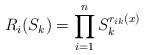
LaTeX: \begin{align*}R_i(S_k)=\prod^{n}_{i=1}S^{r_{ik}(x)}_k\end{align*}